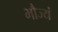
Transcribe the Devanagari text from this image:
भौज्यं